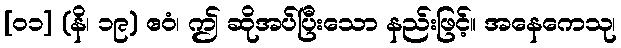
[၀၁] (နိ၊ ၁၉) ဧဝံ၊ ဤ ဆိုအပ်ပြီးသော နည်းဖြင့်။ အနေကေသု၊